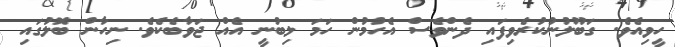
ހީވިއެވެ. ގަބޫލުނުކުރެވިފައި ދެންވެސް އެހުމުން ހަމަ ލިބުނީ އެއް ޖަވާބެކެވެ. ނިހާން ބޮލުގައި